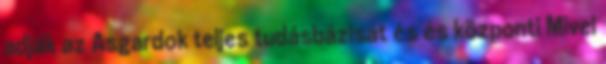
adják az Asgardok teljes tudásbázisát és és központi Mivel